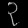
Digit: ၃